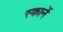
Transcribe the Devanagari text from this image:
स्कार्ने